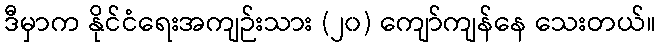
ဒီမှာက နိုင်ငံရေးအကျဉ်းသား (၂၀) ကျော်ကျန်နေ သေးတယ်။